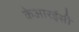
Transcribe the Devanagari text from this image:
केआरईसी